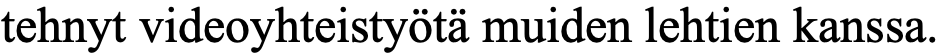
tehnyt videoyhteistyötä muiden lehtien kanssa.